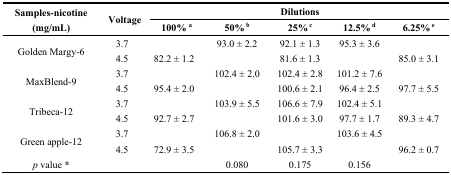
<table><thead><tr><td rowspan="2"><b>Samples-nicotine (mg/mL)</b></td><td colspan="2" rowspan="2"><b>Voltage</b></td><td>[EMPTY_CELL]</td><td>[EMPTY_CELL]</td><td><b>Dilutions</b></td><td>[EMPTY_CELL]</td><td>[EMPTY_CELL]</td></tr><tr><td><b>100% <sup>a</sup></b></td><td><b>50%<sup> b</sup></b></td><td><b>25%<sup> c</sup></b></td><td><b>12.5%<sup> d</sup></b></td><td><b>6.25%<sup> e</sup></b></td></tr></thead><tbody><tr><td rowspan="2">Golden Margy-6</td><td>3.7</td><td colspan="2">[EMPTY_CELL]</td><td>93.0 ± 2.2</td><td>92.1 ± 1.3</td><td>95.3 ± 3.6</td><td>[EMPTY_CELL]</td></tr><tr><td>4.5</td><td colspan="2">82.2 ± 1.2</td><td>[EMPTY_CELL]</td><td>81.6 ± 1.3</td><td>[EMPTY_CELL]</td><td>85.0 ± 3.1</td></tr><tr><td rowspan="2">MaxBlend-9</td><td>3.7</td><td colspan="2">[EMPTY_CELL]</td><td>102.4 ± 2.0</td><td>102.4 ± 2.8</td><td>101.2 ± 7.6</td><td>[EMPTY_CELL]</td></tr><tr><td>4.5</td><td colspan="2">95.4 ± 2.0</td><td>[EMPTY_CELL]</td><td>100.6 ± 2.1</td><td>96.4 ± 2.5</td><td>97.7 ± 5.5</td></tr><tr><td rowspan="2">Tribeca-12</td><td>3.7</td><td colspan="2">[EMPTY_CELL]</td><td>103.9 ± 5.5</td><td>106.6 ± 7.9</td><td>102.4 ± 5.1</td><td>[EMPTY_CELL]</td></tr><tr><td>4.5</td><td colspan="2">92.7 ± 2.7</td><td>[EMPTY_CELL]</td><td>101.6 ± 3.0</td><td>97.7 ± 1.7</td><td>89.3 ± 4.7</td></tr><tr><td rowspan="2">Green apple-12</td><td>3.7</td><td colspan="2">[EMPTY_CELL]</td><td>106.8 ± 2.0</td><td>[EMPTY_CELL]</td><td>103.6 ± 4.5</td><td>[EMPTY_CELL]</td></tr><tr><td>4.5</td><td colspan="2">72.9 ± 3.5</td><td>[EMPTY_CELL]</td><td>105.7 ± 3.3</td><td>[EMPTY_CELL]</td><td>96.2 ± 0.7</td></tr><tr><td><i>p</i> value *</td><td>[EMPTY_CELL]</td><td colspan="2">[EMPTY_CELL]</td><td>0.080</td><td>0.175</td><td>0.156</td><td>[EMPTY_CELL]</td></tr></tbody></table>